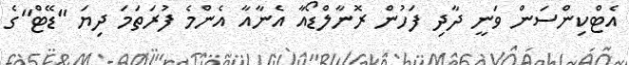
އެޓްކިންސަން ވަނީ ދާދި ފަހުން ރޮނާލްޑޯއާ އެނާއާ އެންމެ ފުރަތަމަ ދިޔަ "ޑޭޓް"ގެ